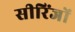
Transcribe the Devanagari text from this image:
सीरिंजों